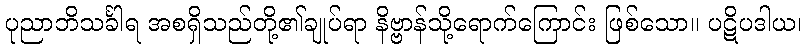
ပုညာဘိသင်္ခါရ အစရှိသည်တို့၏ချုပ်ရာ နိဗ္ဗာန်သို့ရောက်ကြောင်း ဖြစ်သော။ ပဋိပဒါယ၊